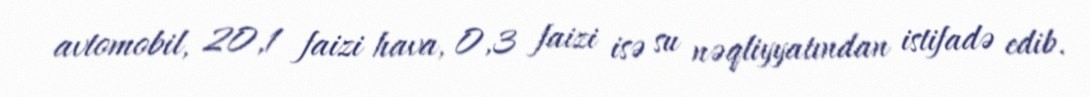
avtomobil, 20,1 faizi hava, 0,3 faizi isə su nəqliyyatından istifadə edib.